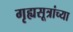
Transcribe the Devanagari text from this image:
गृह्यसूत्रांच्या